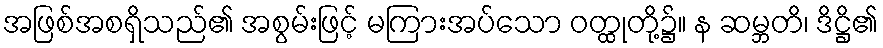
အဖြစ်အစရှိသည်၏ အစွမ်းဖြင့် မကြားအပ်သော ဝတ္ထုတို့၌။ န ဆမ္ဘတိ၊ ဒိဋ္ဌိ၏